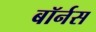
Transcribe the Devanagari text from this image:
बॉर्नस